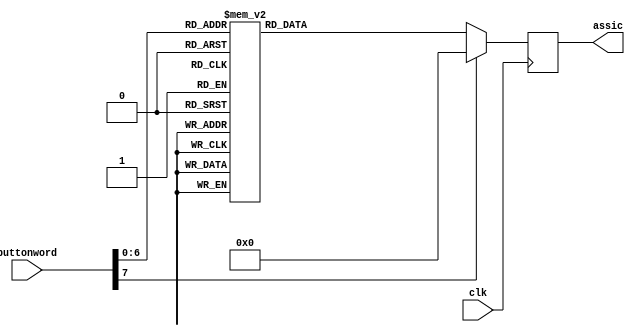
module button_to_assic(clk,buttonword,assic);
input clk;
input [7:0]buttonword;
output reg [7:0]assic;

always@(posedge clk)
begin
case(buttonword)
8'h0D: assic<=8'h20;
8'h0E: assic<=8'h60;
8'h15: assic<=8'h71;
8'h16: assic<=8'h31;
8'h1A: assic<=8'h7A;
8'h1B: assic<=8'h73;
8'h1C: assic<=8'h61;
8'h1D: assic<=8'h77;
8'h1E: assic<=8'h32;
8'h21: assic<=8'h63;
8'h22: assic<=8'h78;
8'h23: assic<=8'h64;
8'h24: assic<=8'h65;
8'h25: assic<=8'h34;
8'h26: assic<=8'h33;
8'h29: assic<=8'h20;
8'h2A: assic<=8'h76;
8'h2B: assic<=8'h66;
8'h2C: assic<=8'h74;
8'h2D: assic<=8'h72;
8'h2E: assic<=8'h35;
8'h31: assic<=8'h6E;
8'h32: assic<=8'h62;
8'h33: assic<=8'h68;
8'h34: assic<=8'h67;
8'h35: assic<=8'h79;
8'h36: assic<=8'h36;
8'h3A: assic<=8'h6D;
8'h3B: assic<=8'h6A;
8'h3C: assic<=8'h75;
8'h3D: assic<=8'h37;
8'h3E: assic<=8'h38;
8'h41: assic<=8'h2C;
8'h42: assic<=8'h6B;
8'h43: assic<=8'h69;
8'h44: assic<=8'h6F;
8'h45: assic<=8'h30;
8'h46: assic<=8'h39;
8'h49: assic<=8'h2E;
8'h4A: assic<=8'h2F;
8'h4B: assic<=8'h6C;
8'h4C: assic<=8'h3A;
8'h4D: assic<=8'h71;
8'h4E: assic<=8'h2D;
8'h52: assic<=8'h27;
8'h54: assic<=8'h5B;
8'h55: assic<=8'h3D;
8'h5B: assic<=8'h5D;
8'h5D: assic<=8'h5C;
8'h66: assic<=8'h08;
8'h69: assic<=8'h31;
8'h6B: assic<=8'h34;
8'h6C: assic<=8'h37;
8'h70: assic<=8'h30;
8'h71: assic<=8'h2E;
8'h72: assic<=8'h32;
8'h73: assic<=8'h35;
8'h74: assic<=8'h36;
8'h75: assic<=8'h38;
8'h79: assic<=8'h2B;
8'h7A: assic<=8'h33;
8'h7B: assic<=8'h2C;
8'h7C: assic<=8'h2A;
8'h7D: assic<=8'h39;
default: assic<=8'h00;
endcase
end
endmodule